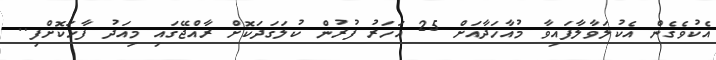
އެކުވެގެން އެކުލަވާލާފައިވާ މުއާހަދާއަށް 25 އަހަރު ފުރުން ކުލަގަދަކޮށް ރާއްޖޭގައި މިއަދު ފާހަކޮށްފި..